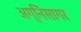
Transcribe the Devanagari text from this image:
अग्निसागर